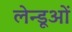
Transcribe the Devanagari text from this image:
लेन्डूओं